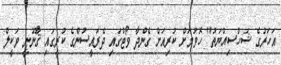
އަހަރުގެ ޝަހްސިއްޔަތު" ހޮވުމަށް ކުރިއަށް ގެންދާ ވޯޓްގައި ދެރައީސުންގެ ކުރީގައި ޤާނޫނީ ވަކީލް